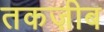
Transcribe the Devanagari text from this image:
तकज़ीब